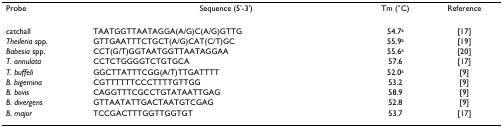
| Probe | Sequence (5'-3') | Tm (°C) | Reference |
 | --- | --- | --- | --- |
 | catchall | TAATGGTTAATAGGA(A/G)C(A/G)GTTG | 54.7a | [17] |
 | Theileria spp. | GTTGAATTTCTGCT(A/G)CAT(C/T)GC | 55.9a | [19] |
 | Babesia spp. | CCT(G/T)GGTAATGGTTAATAGGAA | 55.6a | [20] |
 | T. annulata | CCTCTGGGGTCTGTGCA | 57.6 | [17] |
 | T. buffeli | GGCTTATTTCGG(A/T)TTGATTTT | 52.0a | [9] |
 | B. bigemina | CGTTTTTTCCCTTTTGTTGG | 53.2 | [9] |
 | B. bovis | CAGGTTTCGCCTGTATAATTGAG | 58.9 | [9] |
 | B. divergens | GTTAATATTGACTAATGTCGAG | 52.8 | [9] |
 | B. major | TCCGACTTTGGTTGGTGT | 53.7 | [17] |